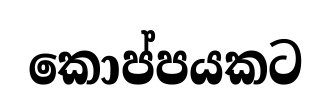
කොප්පයකට